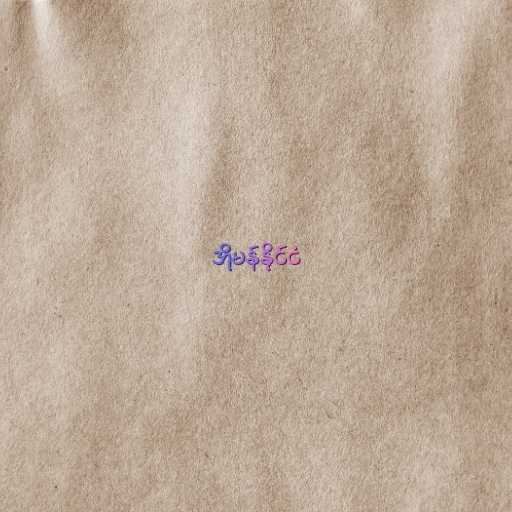
အိုမန်နိုင်ငံ